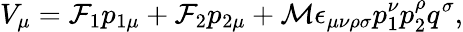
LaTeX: V_{\mu}=\mathcal{F}_{1}p_{1\mu}+\mathcal{F}_{2}p_{2\mu}+\mathcal{M}\epsilon_{\mu\nu\rho\sigma}p_{1}^{\nu}p_{2}^{\rho}q^{\sigma},